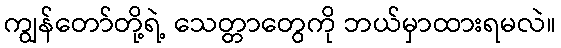
ကျွန်တော်တို့ရဲ့ သေတ္တာတွေကို ဘယ်မှာထားရမလဲ။